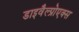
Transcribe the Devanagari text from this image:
डाइवैल्प्रोएक्स